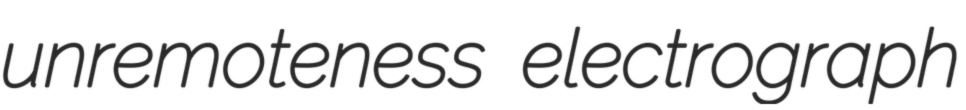
unremoteness electrograph